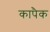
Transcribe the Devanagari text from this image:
कापैक